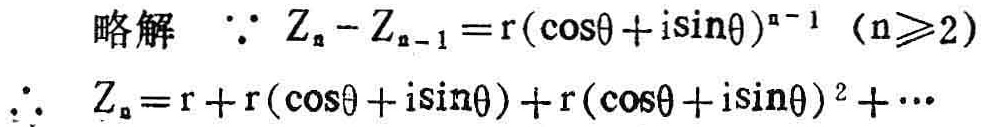
略解 $\because Z_{n}-Z_{n - 1}=r(\cos\theta + i\sin\theta)^{n - 1}\ (n\geqslant2)$

$\therefore Z_{n}=r + r(\cos\theta + i\sin\theta)+r(\cos\theta + i\sin\theta)^{2}+\cdots$